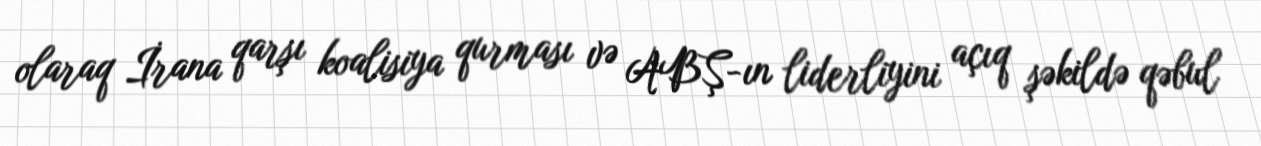
olaraq İrana qarşı koalisiya qurması və ABŞ-ın liderliyini açıq şəkildə qəbul